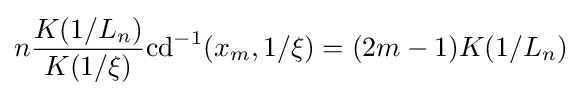
n{\frac {K(1/L_{n})}{K(1/\xi )}}\mathrm {cd} ^{-1}(x_{m},1/\xi )=(2m-1)K(1/L_{n})